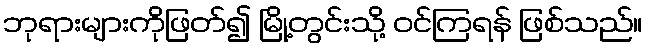
ဘုရားများကိုဖြတ်၍ မြို့တွင်းသို့ ဝင်ကြရန် ဖြစ်သည်။